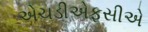
એચડીએફસીએ